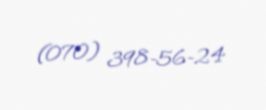
(070) 398-56-24